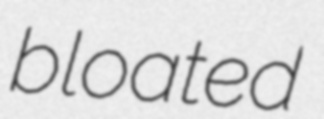
bloated